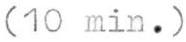
(10 min.)